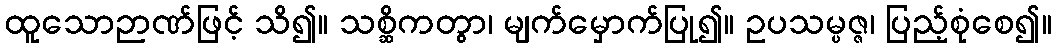
ထူသောဉာဏ်ဖြင့် သိ၍။ သစ္ဆိကတွာ၊ မျက်မှောက်ပြု၍။ ဥပသမ္ပဇ္ဇ၊ ပြည့်စုံစေ၍။